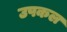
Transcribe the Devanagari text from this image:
उपकल